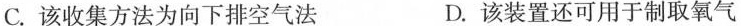
C.该收集方法为向下排空气法 D.该装置还可用于制取氧气